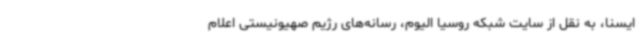
ایسنا، به نقل از سایت شبکه روسیا الیوم، رسانه‌های رژیم صهیونیستی اعلام